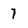
Character: 1